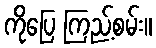
ကိုပြေ ကြည့်စမ်း။